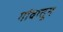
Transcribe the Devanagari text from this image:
गांवातून